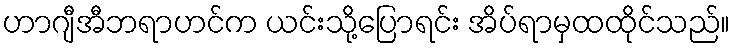
ဟာဂျီအီဘရာဟင်က ယင်းသို့ပြောရင်း အိပ်ရာမှထထိုင်သည်။